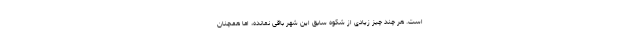
است. هر چند چیز زیادی از شکوه سابق این شهر باقی نمانده، اما همچنان